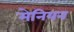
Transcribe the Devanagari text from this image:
मेनियन